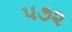
૫૭૨